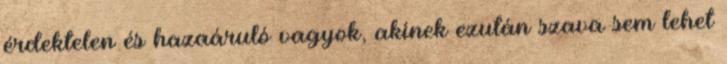
érdektelen és hazaáruló vagyok, akinek ezután szava sem lehet